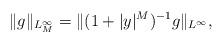
LaTeX: \begin{align*} \|g\|_{L^\infty_M} = \|(1+|y|^M)^{-1} g \|_{L^\infty},\end{align*}